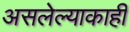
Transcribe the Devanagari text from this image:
असलेल्याकाही